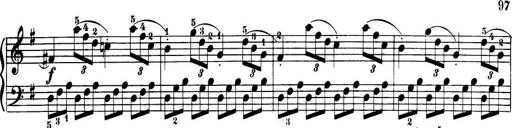
Title: 32 Sonatinas and Rondos for the Piano
Composer: Richard Kleinmichel